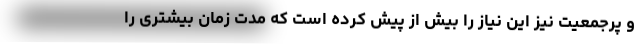
و پرجمعیت نیز این نیاز را بیش از پیش کرده است که مدت زمان بیشتری را